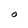
Character: O